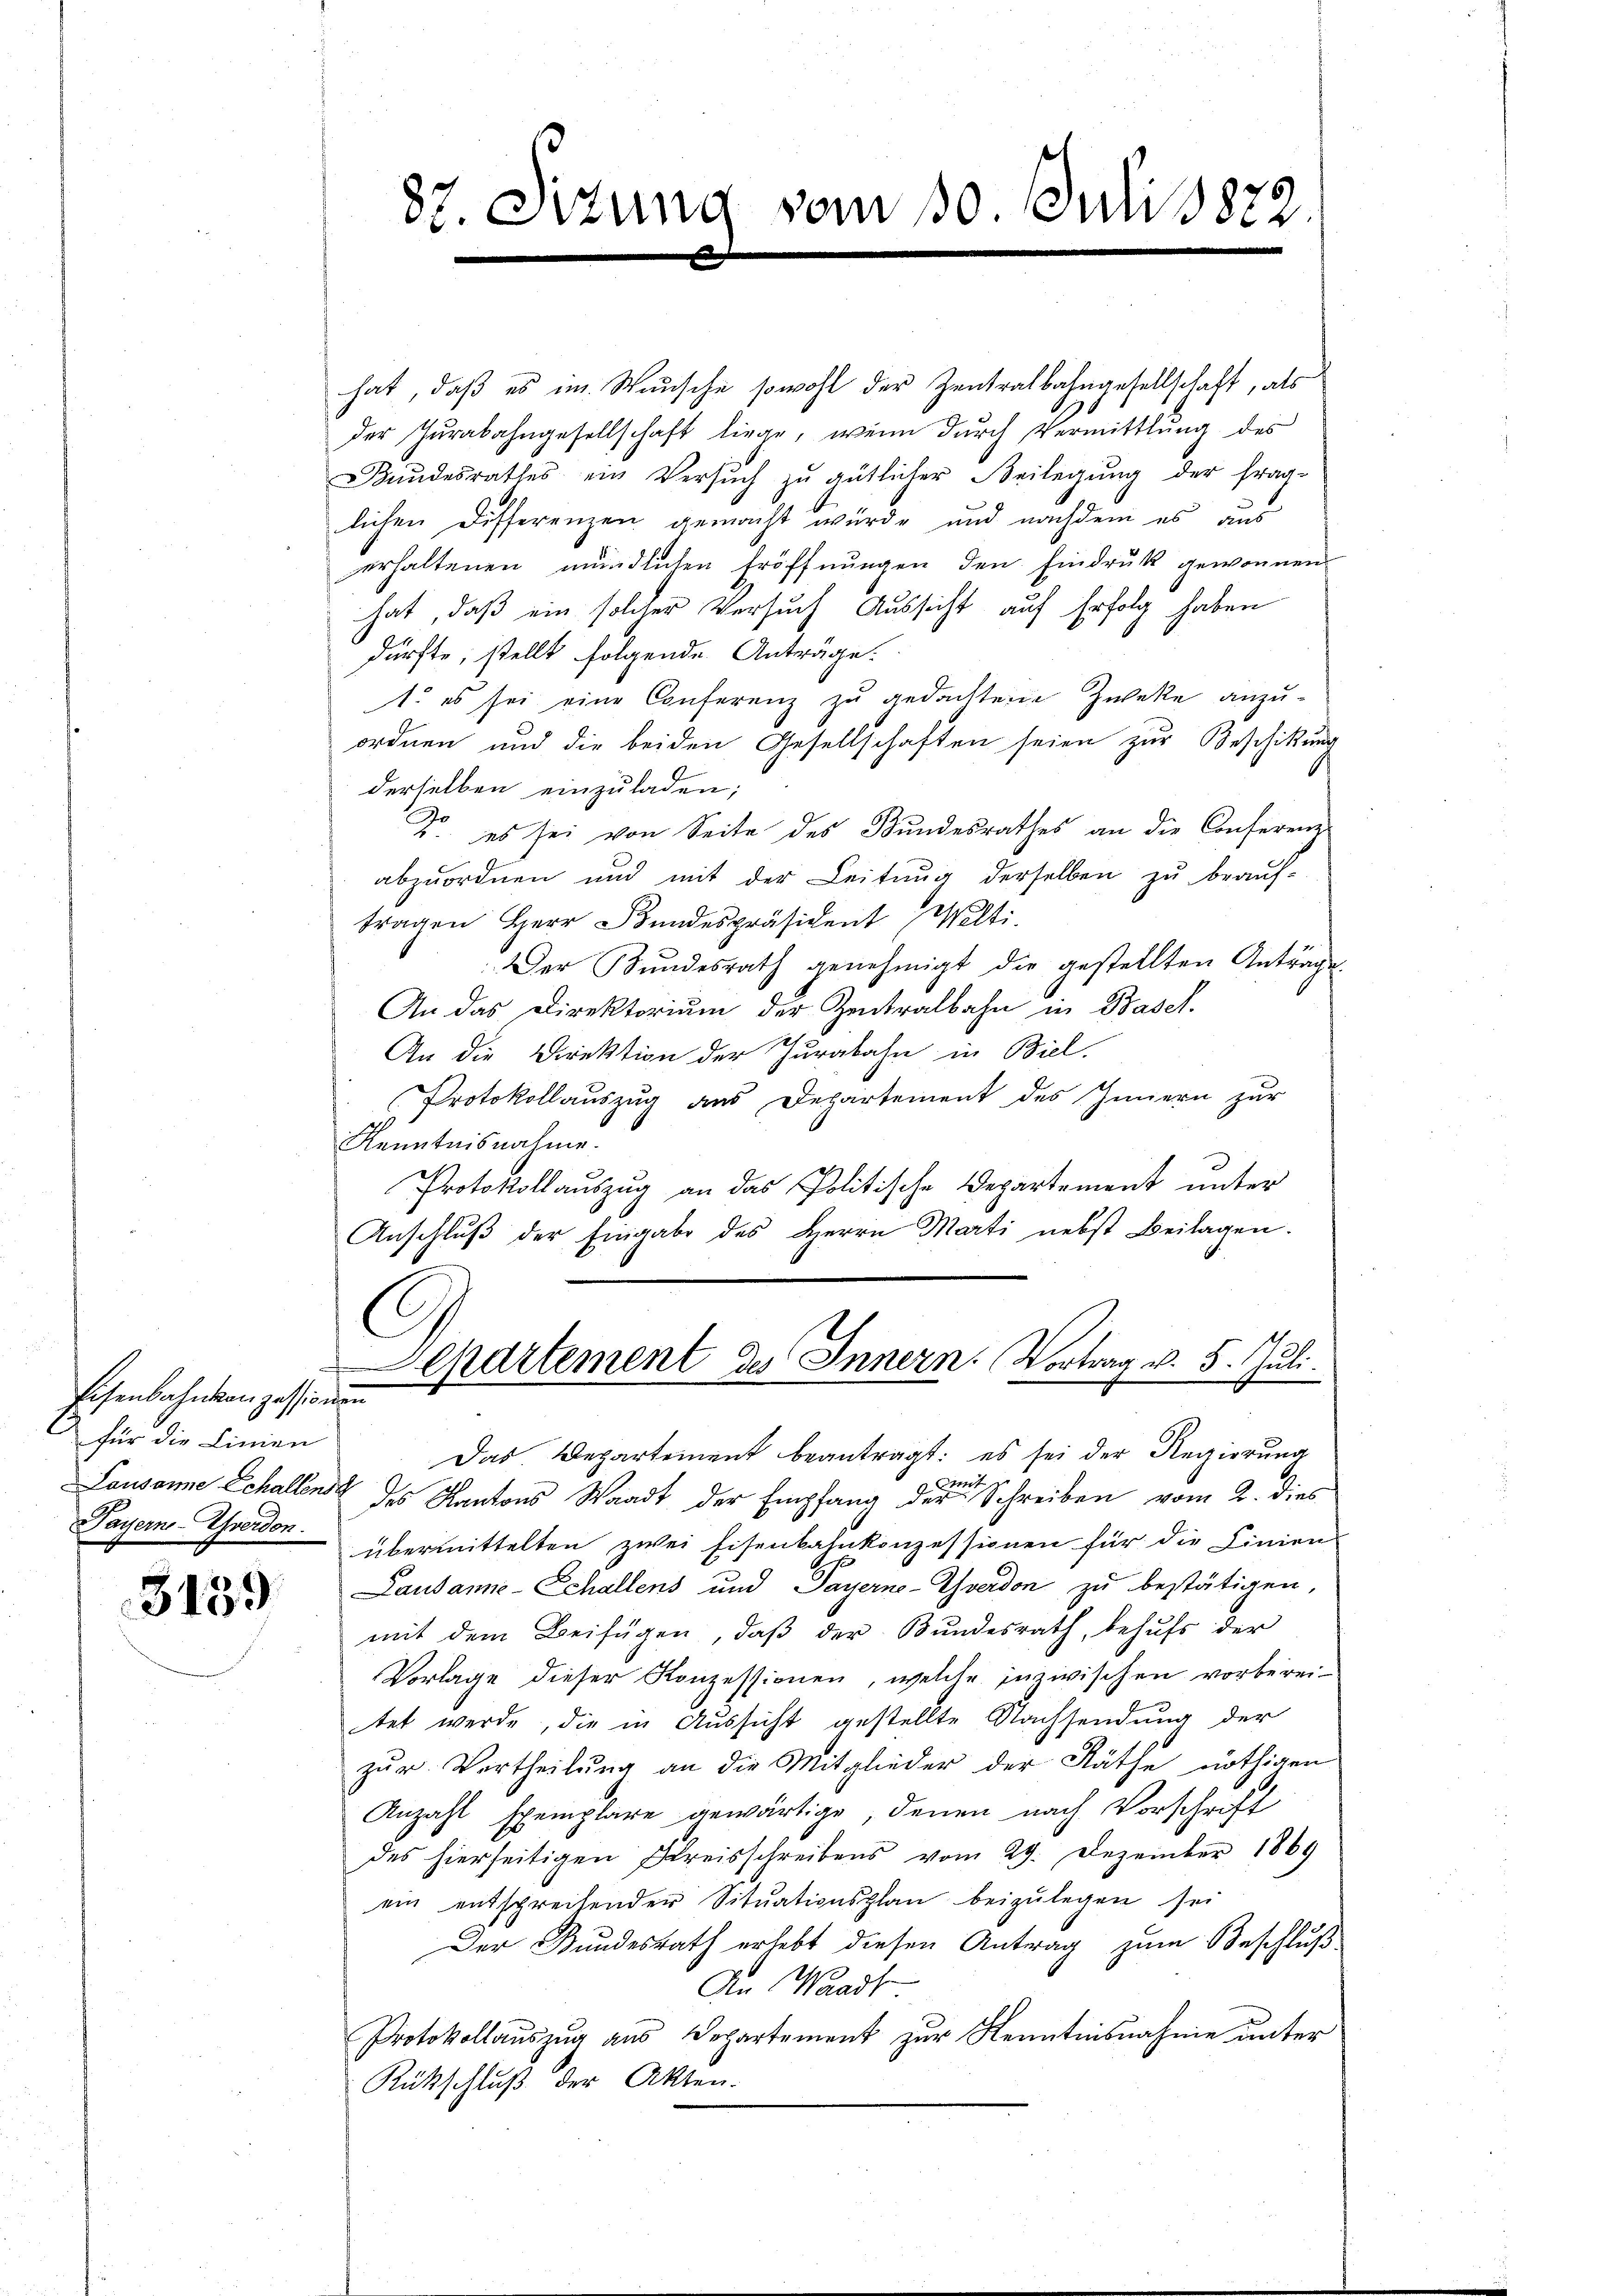
Eisenbahnkonzessionen
1 für die Linien
Payerne-Yverdon.

3139

hat, daß es im Wunsche sowohl der Zentralbahngesellschaft, als
der Jurabahngesellschaft liege, wenn durch Vermittlung des
Bundesrathes ein Versŭch zŭ gütlicher Beilegŭng der frag-
lichen Differenzen gemacht würde und nachdem es aus
erhaltenen mündlichen Eröffnungen den Eindruck gewonnen
hat, daß ein solcher Versuch Aussicht auf Erfolg haben
dürfte, stellt folgende Anträge.
1. es sei eine Conferenz zu gedachtene Zweke anzu-
ordnen und die beiden Gesellschaften seien zur Beschikung
s
derselben einzuladen;
Do es sei von Seite des Bundesrathes an die Conferenz-
abzuordnen und mit der Leitŭng derselben zŭ beaŭf-
tragen Herr Bundespräsident Welti.
Der Bŭndesrath genehmigt die gestellten Antrage
An das Direktorium der Zentralbahn in Basel.
An die Direktion der Jurabahn in Biel.
Protokollauszug aus Departement des Innern zur
Kenntnisnahme.
Protokollauszug an das Politische Departement unter
Anschluß der Eingabe des Herrn Marti nebst Beilagen.
Departement des Innern. Vortrag v. 5. Juli.
h
Das Departement beantragt: es sei der Regierung
mit
Lausanne Schallend des Kantons Waadt der Empfang der Schreiben vom 2. dies
übermittelten zwei Eisenbahnkonzessionen für die Linien
Lausanne - Schallens und Payerno-Yverdon zu bestätigen,
mit dem Beifügen, daβ der Bŭndesrath, behŭfs der
Vorlage dieser Konzessionen, welche inzwischen vorberei-
tet werde, die in Aussicht gestellte Nachsendung der
zŭr Vertheilŭng an die Mitglieder der Räthe nöthigen
Anzahl Exemplare gewärtige, denen nach Vorschrift
des hierseitigen Kreisschreibens vom 29. Dezember 1869
ein entspreitender Sitŭationsplan beizulegen sei
Der Bundesrath erlebt diesen Antrag zum Beschluß
10
An Waadt
Protokollauszug aus Departement zur Kenntnisnahme unter
Rückschluß der Akten.

87. Sitzung vom 30. Juli 1822.